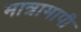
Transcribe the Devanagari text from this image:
मात्रामापी